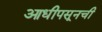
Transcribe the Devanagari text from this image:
आधीपसूनची